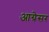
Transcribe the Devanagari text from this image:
आग्रेसर